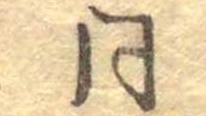
同